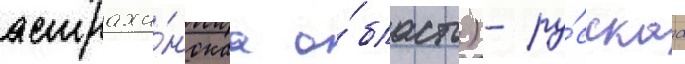
астраха́нскаа о́бласть) - ру́сскаа